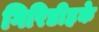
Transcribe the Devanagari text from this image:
गिरिडीहके